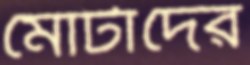
মোটাদের